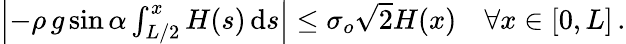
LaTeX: \begin{array}{r}{\left|-{\rho}\, g\sin{\alpha}\int_{L/2}^{x}H(s)\, \textrm{d}s\right|\le\sigma_{o}\sqrt{2}H(x)\quad\forall x\in[0,L]\, .}\end{array}